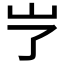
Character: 𱛆